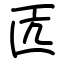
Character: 匟